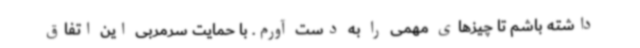
داشته باشم تا چیزهای مهمی را به دست آورم. با حمایت سرمربی این اتفاق